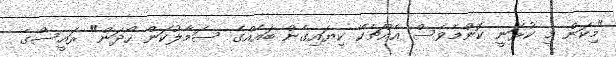
"މިކަން މި ކުރަނީ ކޮންމެވެސް އެއްޗެކޭ ކިޔައިގެން ބައެއްގެ ސަމާލުކަން ހޯދަން" ރައީސްގެ